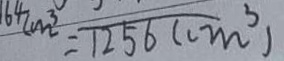
1 6 4 c m ^ { 3 } = \overline { 1 2 5 6 ( c m } ^ { 3 } )